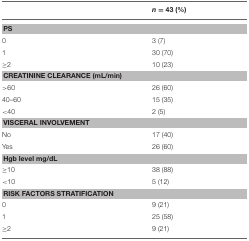
|  | n = 43 (%) |
 | --- | --- |
 | <COLSPAN=2> PS |
 | 0 | 3 (7) |
 | 1 | 30 (70) |
 | ≥2 | 10 (23) |
 | <COLSPAN=2> CREATININE CLEARANCE (mL/min) |
 | >60 | 26 (60) |
 | 40–60 | 15 (35) |
 | <40 | 2 (5) |
 | <COLSPAN=2> VISCERAL INVOLVEMENT |
 | No | 17 (40) |
 | Yes | 26 (60) |
 | <COLSPAN=2> Hgb level mg/dL |
 | ≥10 | 38 (88) |
 | <10 | 5 (12) |
 | <COLSPAN=2> RISK FACTORS STRATIFICATION |
 | 0 | 9 (21) |
 | 1 | 25 (58) |
 | ≥2 | 9 (21) |